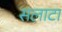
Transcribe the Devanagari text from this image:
सलाटा